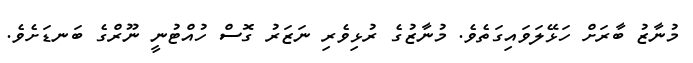
މުނާޒު ބާރަށް ހަޅޭލަވައިގަތެވެ. މުނާޒުގެ ރުޅިވެރި ނަޒަރު ގޮސް ހުއްޓުނީ ނޫރްގެ ބަނޑަށެވެ.